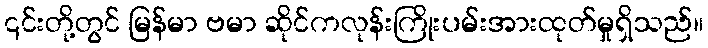
၎င်းတို့တွင် မြန်မာ ဗမာ ဆိုင်ကလုန်းကြိုးပမ်းအားထုတ်မှုရှိသည်။